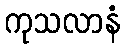
ကုသလာနံ